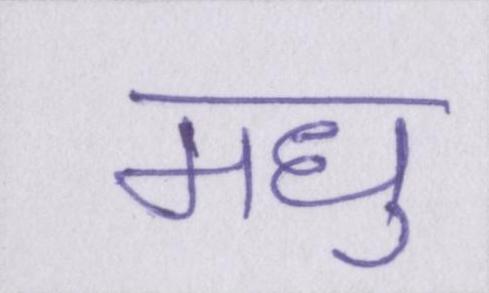
मधु